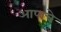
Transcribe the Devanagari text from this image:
आपाचे